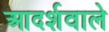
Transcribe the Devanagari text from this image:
आदर्शवाले